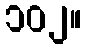
၁၀၂။